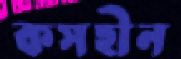
কসহীন